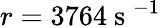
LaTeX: r=3764\mathrm{~s~}^{-1}